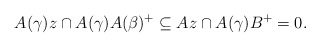
\begin{align*}A(\gamma)z\cap A(\gamma)A(\beta)^+\subseteq Az\cap A(\gamma)B^+ = 0.\end{align*}